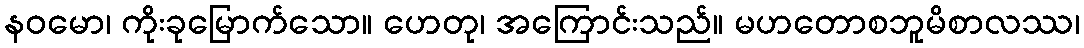
နဝမော၊ ကိုးခုမြောက်သော။ ဟေတု၊ အကြောင်းသည်။ မဟတောစဘူမိစာလဿ၊